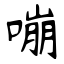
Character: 嘣